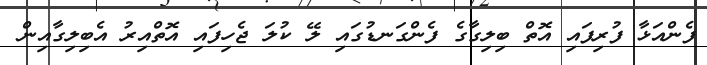
ފެންއަޅާ ފުރިފައި އޮތް ބިލިގާގެ ފެންގަނޑުގައި ލޭ ކުލަ ޖެހިފައި އޮތްއިރު އެބިލިގާއިން